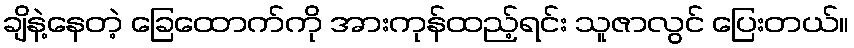
ချိနဲ့နေတဲ့ ခြေထောက်ကို အားကုန်ထည့်ရင်း သူဇာလွင် ပြေးတယ်။